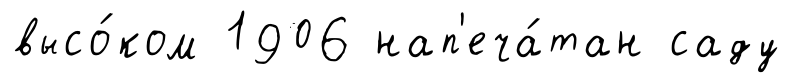
высо́ком 1906 нап'еча́тан саду